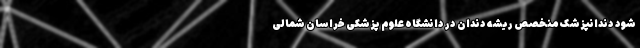
شود دندانپزشک منخصص ریشه دندان در دانشگاه علوم پزشکی خراسان شمالی